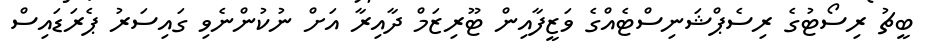
ބީޗު ރިސޯޓުގެ ރިސެޕްޝަނިސްޓެއްގެ ވަޒީފާއިން ޓޫރިޒަމް ދާއިރާ އަށް ނުކުންނެވި ގައިސަރު ޕެރަޑައިސް